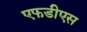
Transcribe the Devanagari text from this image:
एफडीएस